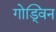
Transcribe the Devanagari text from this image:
गोड्विन